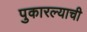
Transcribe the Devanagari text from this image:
पुकारल्याची